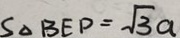
S _ { \Delta B E D } = \sqrt { 3 } a